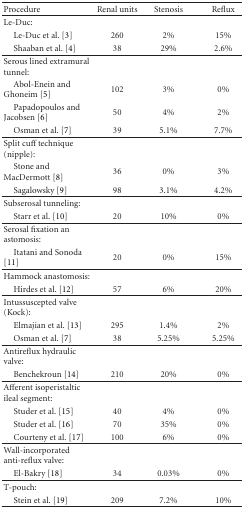
<table><thead><tr><td><b>Procedure</b></td><td><b>Renal units</b></td><td><b>Stenosis</b></td><td><b>Reflux</b></td></tr></thead><tbody><tr><td>Le-Duc:</td><td></td><td></td><td></td></tr><tr><td> Le-Duc et al. [3]</td><td>260</td><td>2%</td><td>15%</td></tr><tr><td> Shaaban et al. [4]</td><td>38</td><td>29%</td><td>2.6%</td></tr><tr><td>Serous lined extramural tunnel:</td><td></td><td></td><td></td></tr><tr><td> Abol-Enein and Ghoneim [5]</td><td>102</td><td>3%</td><td>0%</td></tr><tr><td> Papadopoulos and Jacobsen [6]</td><td>50</td><td>4%</td><td>2%</td></tr><tr><td> Osman et al. [7]</td><td>39</td><td>5.1%</td><td>7.7%</td></tr><tr><td>Split cuff technique (nipple):</td><td></td><td></td><td></td></tr><tr><td> Stone and MacDermott [8]</td><td>36</td><td>0%</td><td>3%</td></tr><tr><td> Sagalowsky [9]</td><td>98</td><td>3.1%</td><td>4.2%</td></tr><tr><td>Subserosal tunneling:</td><td></td><td></td><td></td></tr><tr><td> Starr et al. [10]</td><td>20</td><td>10%</td><td>0%</td></tr><tr><td>Serosal fixation an astomosis:</td><td></td><td></td><td></td></tr><tr><td> Itatani and Sonoda [11]</td><td>20</td><td>0%</td><td>15%</td></tr><tr><td>Hammock anastomosis:</td><td></td><td></td><td></td></tr><tr><td> Hirdes et al. [12]</td><td>57</td><td>6%</td><td>20%</td></tr><tr><td>Intussuscepted valve (Kock):</td><td></td><td></td><td></td></tr><tr><td> Elmajian et al. [13]</td><td>295</td><td>1.4%</td><td>2%</td></tr><tr><td> Osman et al. [7]</td><td>38</td><td>5.25%</td><td>5.25%</td></tr><tr><td>Antireflux hydraulic valve:</td><td></td><td></td><td></td></tr><tr><td> Benchekroun [14]</td><td>210</td><td>20%</td><td>0%</td></tr><tr><td>Afferent isoperistaltic ileal segment:</td><td></td><td></td><td></td></tr><tr><td> Studer et al. [15]</td><td>40</td><td>4%</td><td>0%</td></tr><tr><td> Studer et al. [16]</td><td>70</td><td>35%</td><td>0%</td></tr><tr><td> Courteny et al. [17]</td><td>100</td><td>6%</td><td>0%</td></tr><tr><td>Wall-incorporated anti-reflux valve:</td><td></td><td></td><td></td></tr><tr><td> El-Bakry [18]</td><td>34</td><td>0.03%</td><td>0%</td></tr><tr><td>T-pouch:</td><td></td><td></td><td></td></tr><tr><td> Stein et al. [19]</td><td>209</td><td>7.2%</td><td>10%</td></tr></tbody></table>